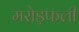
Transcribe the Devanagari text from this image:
मरोड़फली